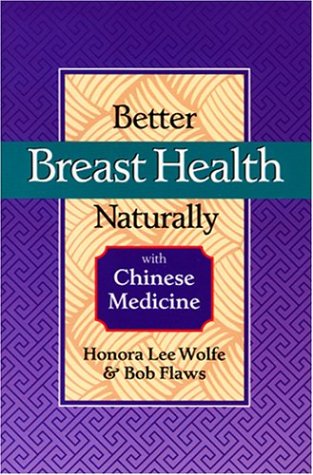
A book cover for Better Breast Health Naturally with Chinese Medicine; Honora Lee Wolfe; Health, Fitness & Dieting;